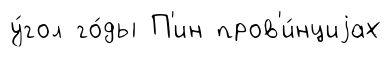
у́гол го́ды П'ин пров'и́нциjах